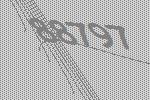
88797